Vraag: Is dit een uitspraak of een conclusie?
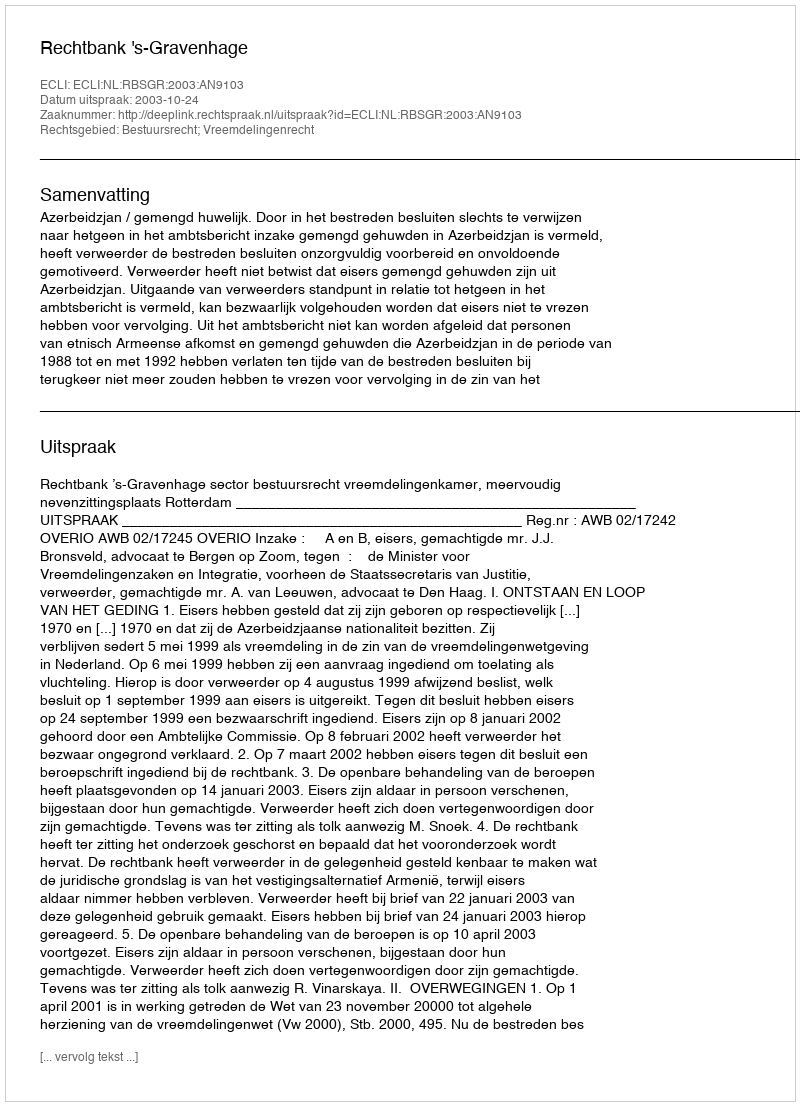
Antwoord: Uitspraak